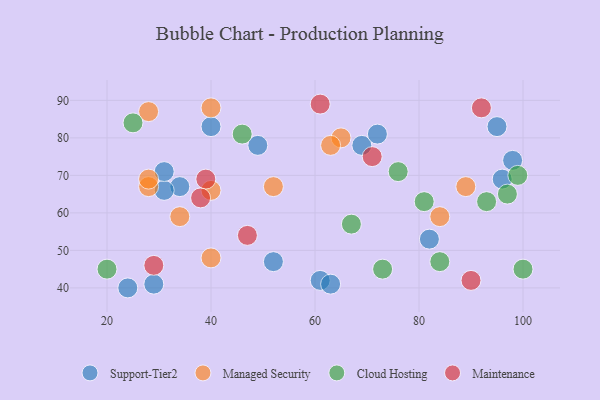
{"axis": {"x": "GDP", "y": "Life Expectancy"}, "legend": ["Cloud Hosting", "Maintenance", "Managed Security", "Support-Tier2"], "data": [{"x": "52", "y": 47, "type": "Support-Tier2"}, {"x": "24", "y": 40, "type": "Support-Tier2"}, {"x": "98", "y": 74, "type": "Support-Tier2"}, {"x": "69", "y": 78, "type": "Support-Tier2"}, {"x": "95", "y": 83, "type": "Support-Tier2"}, {"x": "29", "y": 41, "type": "Support-Tier2"}, {"x": "34", "y": 67, "type": "Support-Tier2"}, {"x": "61", "y": 42, "type": "Support-Tier2"}, {"x": "96", "y": 69, "type": "Support-Tier2"}, {"x": "40", "y": 83, "type": "Support-Tier2"}, {"x": "72", "y": 81, "type": "Support-Tier2"}, {"x": "31", "y": 66, "type": "Support-Tier2"}, {"x": "82", "y": 53, "type": "Support-Tier2"}, {"x": "31", "y": 71, "type": "Support-Tier2"}, {"x": "49", "y": 78, "type": "Support-Tier2"}, {"x": "63", "y": 41, "type": "Support-Tier2"}, {"x": "65", "y": 80, "type": "Managed Security"}, {"x": "28", "y": 67, "type": "Managed Security"}, {"x": "89", "y": 67, "type": "Managed Security"}, {"x": "52", "y": 67, "type": "Managed Security"}, {"x": "28", "y": 87, "type": "Managed Security"}, {"x": "34", "y": 59, "type": "Managed Security"}, {"x": "40", "y": 48, "type": "Managed Security"}, {"x": "40", "y": 88, "type": "Managed Security"}, {"x": "40", "y": 66, "type": "Managed Security"}, {"x": "63", "y": 78, "type": "Managed Security"}, {"x": "84", "y": 59, "type": "Managed Security"}, {"x": "28", "y": 69, "type": "Managed Security"}, {"x": "97", "y": 65, "type": "Cloud Hosting"}, {"x": "93", "y": 63, "type": "Cloud Hosting"}, {"x": "81", "y": 63, "type": "Cloud Hosting"}, {"x": "84", "y": 47, "type": "Cloud Hosting"}, {"x": "46", "y": 81, "type": "Cloud Hosting"}, {"x": "99", "y": 70, "type": "Cloud Hosting"}, {"x": "67", "y": 57, "type": "Cloud Hosting"}, {"x": "20", "y": 45, "type": "Cloud Hosting"}, {"x": "100", "y": 45, "type": "Cloud Hosting"}, {"x": "76", "y": 71, "type": "Cloud Hosting"}, {"x": "25", "y": 84, "type": "Cloud Hosting"}, {"x": "73", "y": 45, "type": "Cloud Hosting"}, {"x": "47", "y": 54, "type": "Maintenance"}, {"x": "29", "y": 46, "type": "Maintenance"}, {"x": "71", "y": 75, "type": "Maintenance"}, {"x": "90", "y": 42, "type": "Maintenance"}, {"x": "39", "y": 69, "type": "Maintenance"}, {"x": "92", "y": 88, "type": "Maintenance"}, {"x": "61", "y": 89, "type": "Maintenance"}, {"x": "38", "y": 64, "type": "Maintenance"}]}